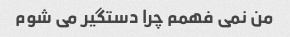
من نمی فهمم چرا دستگیر می شوم